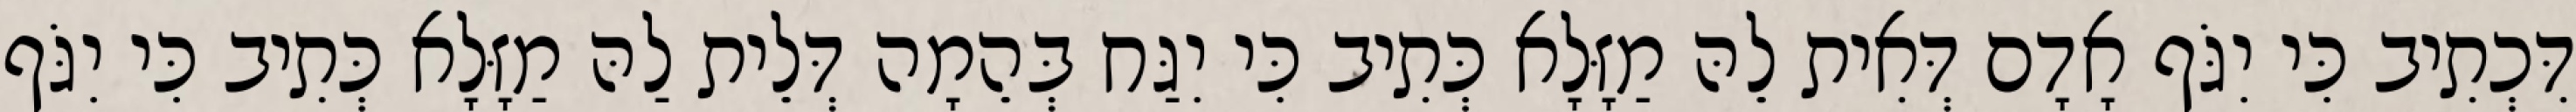
דִּכְתִיב כִּי יִגֹּף אָדָם דְּאִית לֵהּ מַזָּלָא כְּתִיב כִּי יִגַּח בְּהֵמָה דְּלֵית לַהּ מַזָּלָא כְּתִיב כִּי יִגֹּף